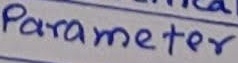
Text: Parameter